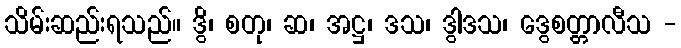
သိမ်းဆည်းရသည်။ ဒွိ၊ စတု၊ ဆ၊ အဋ္ဌ၊ ဒသ၊ ဒွါဒသ၊ ဒွေစတ္တာလီသ -